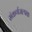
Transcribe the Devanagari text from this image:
संकर्णजल्पक